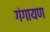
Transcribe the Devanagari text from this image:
गंगायण